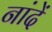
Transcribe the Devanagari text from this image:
नांदें